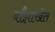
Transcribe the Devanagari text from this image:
बाँझाखेत